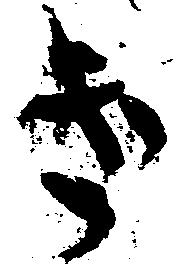
け